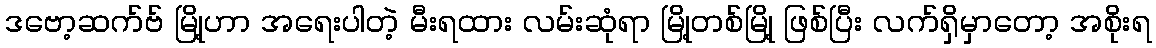
ဒဗော့ဆက်ဗ် မြို့ဟာ အရေးပါတဲ့ မီးရထား လမ်းဆုံရာ မြို့တစ်မြို့ ဖြစ်ပြီး လက်ရှိမှာတော့ အစိုးရ